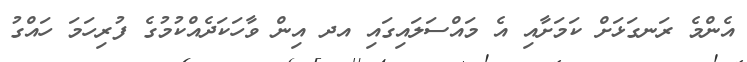
އެންމެ ރަނގަޅަށް ކަމަށާއި އެ މައްސަލައިގައި އދ އިން ވާހަކަދެއްކުމުގެ ފުރިހަމަ ހައްގު